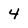
Character: 4